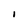
Character: I